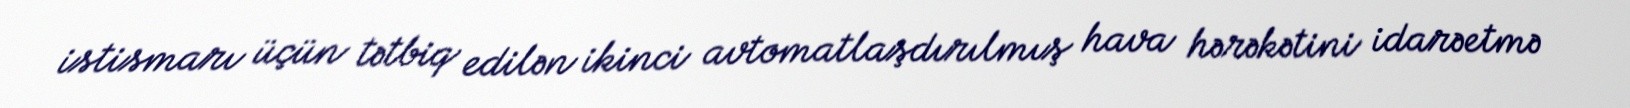
istismarı üçün tətbiq edilən ikinci avtomatlaşdırılmış hava hərəkətini idarəetmə